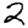
Digit: 2